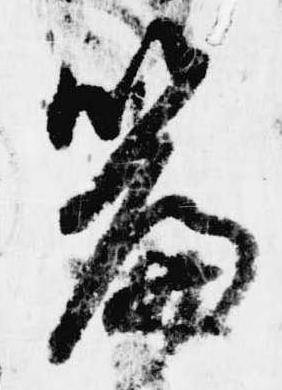
篇